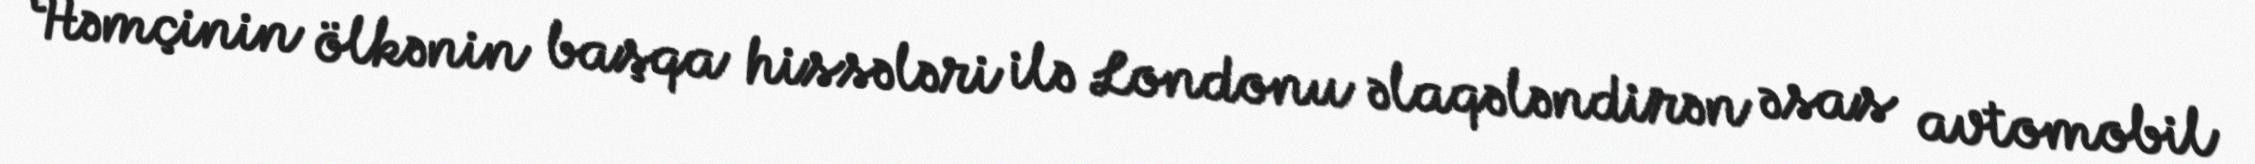
Həmçinin ölkənin başqa hissələri ilə Londonu əlaqələndirən əsas avtomobil